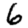
Digit: 6